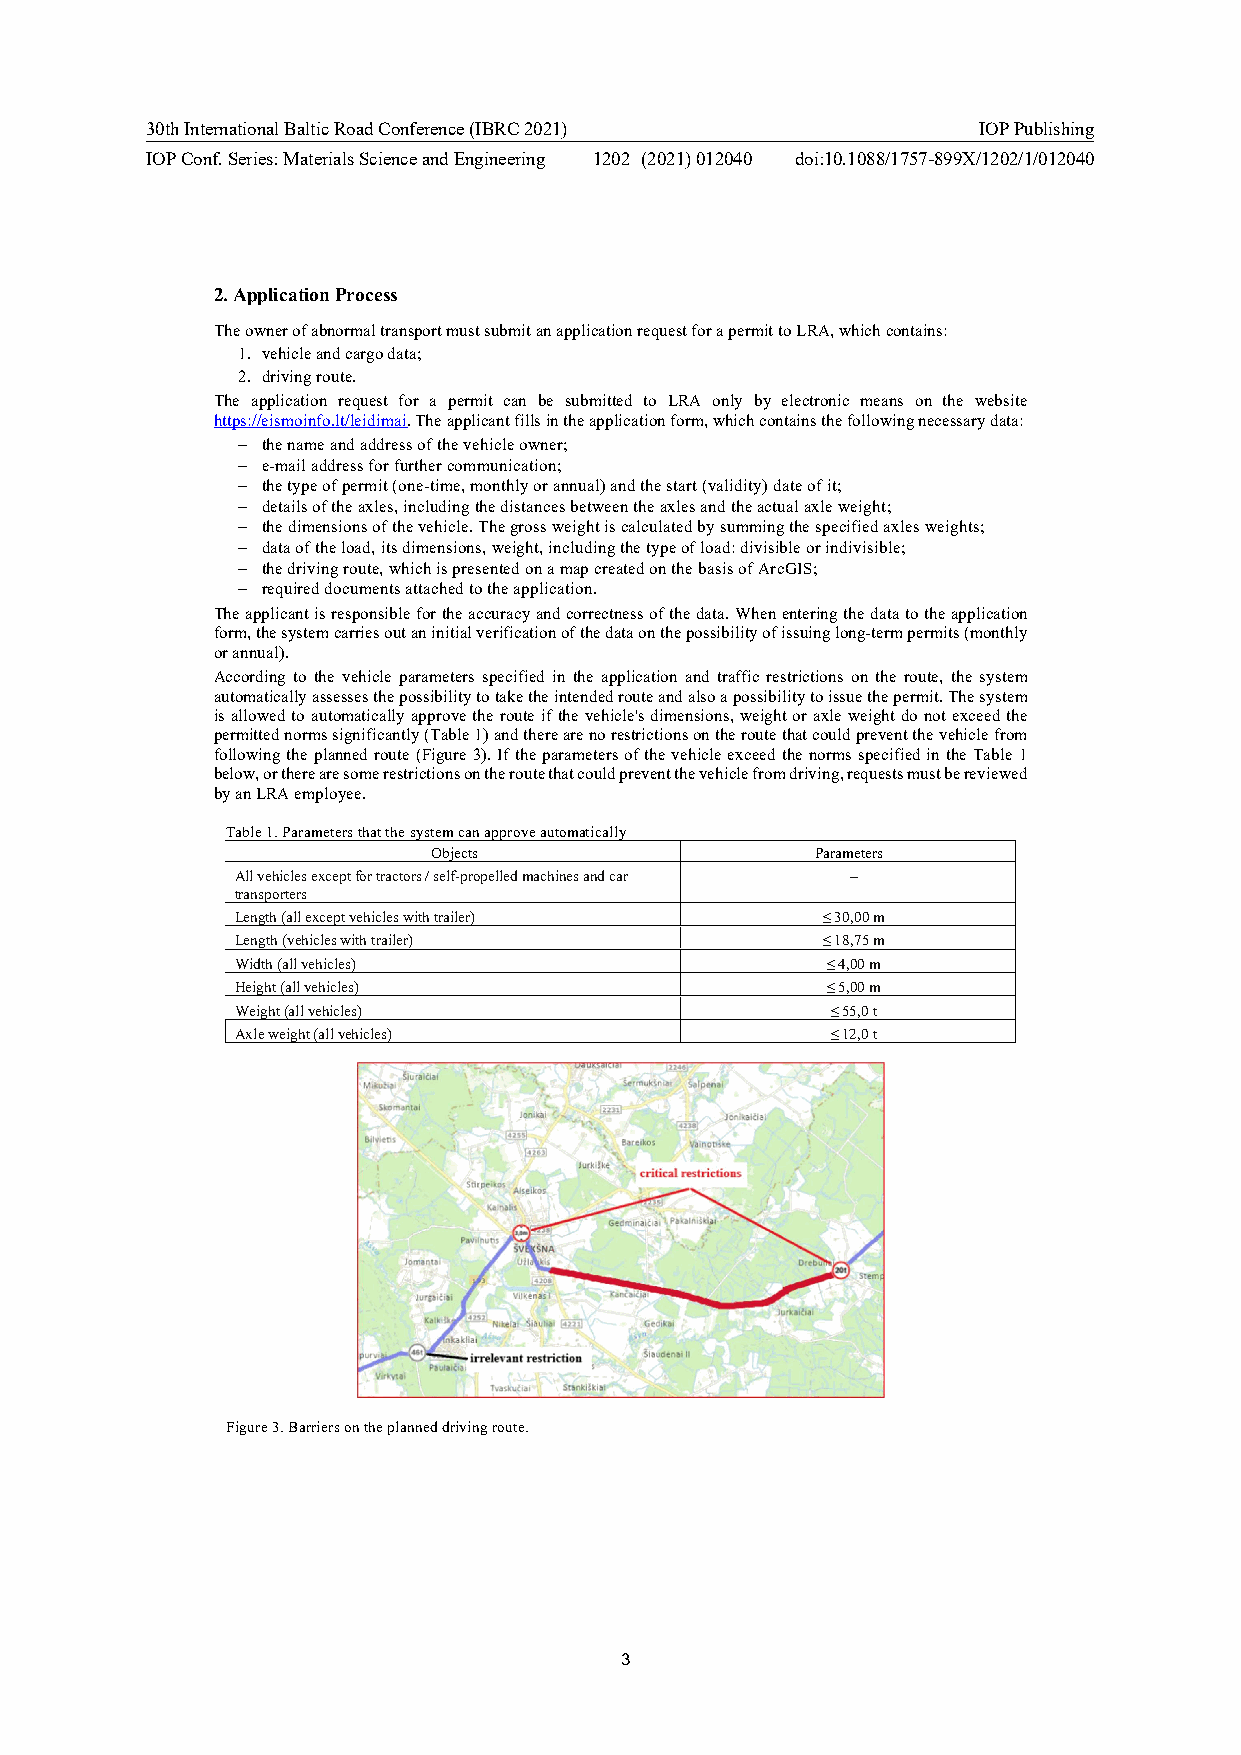
30th International Baltic Road Conference (IBRC 2021)  IOP Publishing
 IOP Conf. Series: Materials Science and Engineering 1202 (2021) 012040 doi:10.1088/1757-899X/1202/1/012040
 2. Application Process
 The owner of abnormal transport must submit an application request for a permit to LRA, which contains:
 1. vehicle and cargo data;
 2. driving route.
 The application request for a permit can be submitted to LRA only by electronic means on the website
 https://eismoinfo.lt/leidimai. The applicant fills in the application form, which contains the following necessary data:
  the name and address of the vehicle owner;
  e-mail address for further communication;
  the type of permit (one-time, monthly or annual) and the start (validity) date of it;
  details of the axles, including the distances between the axles and the actual axle weight;
  the dimensions of the vehicle. The gross weight is calculated by summing the specified axles weights;
  data of the load, its dimensions, weight, including the type of load: divisible or indivisible;
  the driving route, which is presented on a map created on the basis of ArcGIS;
  required documents attached to the application.
 The applicant is responsible for the accuracy and correctness of the data. When entering the data to the application
 form, the system carries out an initial verification of the data on the possibility of issuing long-term permits (monthly
 or annual).
 According to the vehicle parameters specified in the application and traffic restrictions on the route, the system
 automatically assesses the possibility to take the intended route and also a possibility to issue the permit. The system
 is allowed to automatically approve the route if the vehicle's dimensions, weight or axle weight do not exceed the
 permitted norms significantly (Table 1) and there are no restrictions on the route that could prevent the vehicle from
 following the planned route (Figure 3). If the parameters of the vehicle exceed the norms specified in the Table 1
 below, or there are some restrictions on the route that could prevent the vehicle from driving, requests must be reviewed
 by an LRA employee.
 Table 1. Parameters that the system can approve automatically
 Objects                  Parameters
 All vehicles except for tractors / self-propelled machines and car –
 transporters
 Length (all except vehicles with trailer) ≤ 30,00 m
 Length (vehicles with trailer)        ≤ 18,75 m
 Width (all vehicles)                   ≤ 4,00 m
 Height (all vehicles)                  ≤ 5,00 m
 Weight (all vehicles)                  ≤ 55,0 t
 Axle weight (all vehicles)             ≤ 12,0 t
 Figure 3. Barriers on the planned driving route.
 3